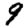
Digit: 9